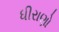
ધીરાણો